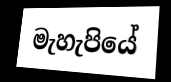
මැහැපියේ